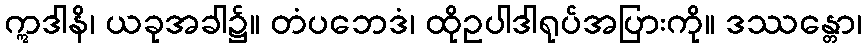
ဣဒါနိ၊ ယခုအခါ၌။ တံပဘေဒံ၊ ထိုဥပါဒါရုပ်အပြားကို။ ဒဿန္တော၊